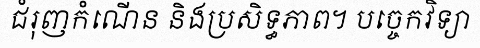
ជំរុញកំណើន និងប្រសិទ្ធភាព។ បច្ចេកវិទ្យា